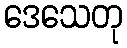
ဒေသေတု